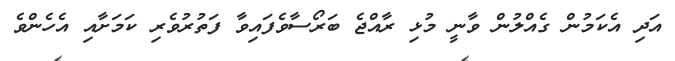
އަދި އެކަމުން ގެއްލުން ވާނީ މުޅި ރާއްޖެ ބަރޯސާވެފައިވާ ފަތުރުވެރި ކަމަށާއި އެހެންވެ